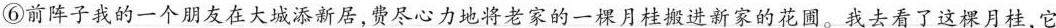
⑥前阵子我的一个朋友在大城添新居，费尽心力地将老家的一棵月桂搬进新家的花圃。我去看了这颗月桂，它